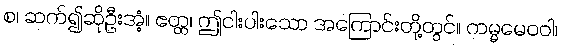
စ၊ ဆက်၍ဆိုဦးအံ့။ ဧတ္ထ၊ ဤငါးပါးသော အကြောင်းတို့တွင်။ ကမ္မမေဝဝါ၊